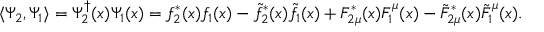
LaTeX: \langle \Psi _ { 2 } , \Psi _ { 1 } \rangle = \Psi _ { 2 } ^ { \dagger } ( x ) \Psi _ { 1 } ( x ) = f _ { 2 } ^ { * } ( x ) f _ { 1 } ( x ) - \tilde { f } _ { 2 } ^ { * } ( x ) \tilde { f } _ { 1 } ( x ) + { \cal F } _ { 2 \mu } ^ { * } ( x ) { \cal F } _ { 1 } ^ { \mu } ( x ) - \tilde { \cal F } _ { 2 \mu } ^ { * } ( x ) \tilde { \cal F } _ { 1 } ^ { \mu } ( x ) .